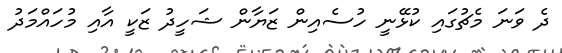
ދެ ވަނަ މެޗުގައި ކުޅޭނީ ހުސެއިން ޒަޔާން ޝަހީދު ޒަކީ އާއި މުހައްމަދު